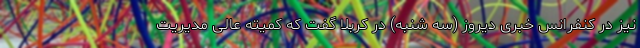
نیز در کنفرانس خبری دیروز (سه شنبه) در کربلا گفت که کمیته عالی مدیریت